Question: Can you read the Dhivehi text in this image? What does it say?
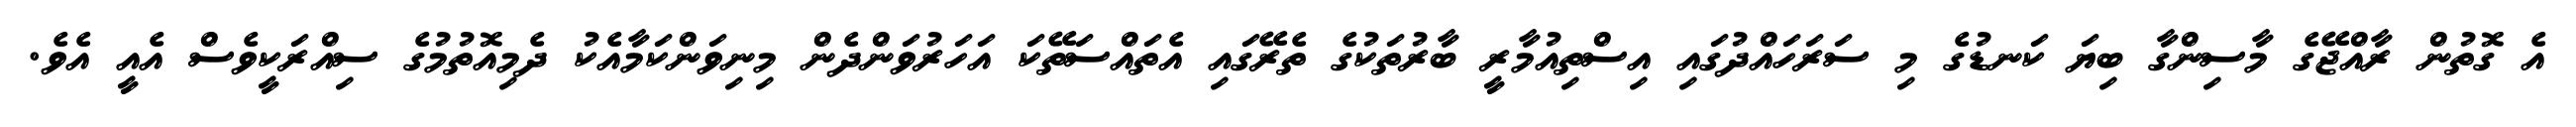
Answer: އެ ގޮތުން ރާއްޖޭގެ މާސިންގާ ބިޔަ ކަނޑުގެ މި ސަރަހައްދުގައި އިސްތިއުމާރީ ބާރުތަކުގެ ތެރޭގައި އެތައްސަތޭކަ އަހަރުވަންދެން މިނިވަންކަމާއެކު ދެމިއޮތުމުގެ ސިއްރަކީވެސް އެއީ އެވެ.